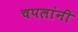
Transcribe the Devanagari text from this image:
चपलांनी